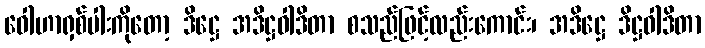
ဝေါဟာရှစ်ပါးကိုတော့ ဒိဋ္ဌေ အဒိဋ္ဌဝါဒိတာ စသည်ဖြင့်လည်းကောင်း၊ အဒိဋ္ဌေ ဒိဋ္ဌဝါဒိတာ